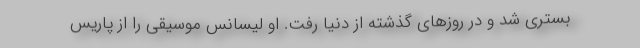
بستری شد و در روزهای گذشته از دنیا رفت. او لیسانس موسیقی را از پاریس